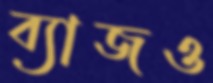
ব্যাজও